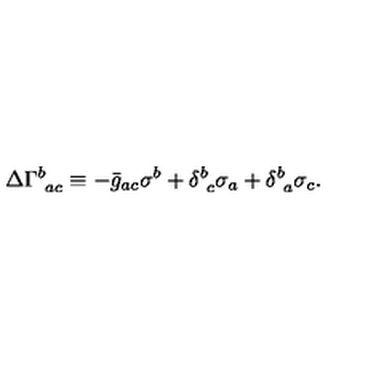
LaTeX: \Delta \Gamma _ { \ a c } ^ { b } \equiv - \bar { g } _ { a c } \sigma ^ { b } + \delta _ { \ c } ^ { b } \sigma _ { a } + \delta _ { \ a } ^ { b } \sigma _ { c } .